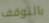
بالتوقف